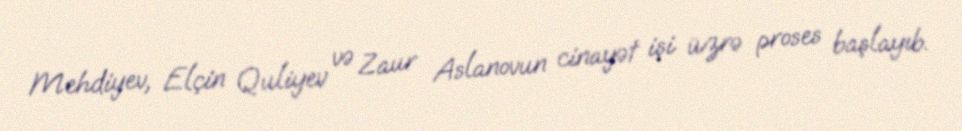
Mehdiyev, Elçin Quliyev və Zaur Aslanovun cinayət işi üzrə proses başlayıb.